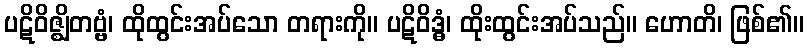
ပဋိဝိဇ္ဈိတဗ္ဗံ၊ ထိုထွင်းအပ်သော တရားကို။ ပဋိဝိဒ္ဓံ၊ ထိုးထွင်းအပ်သည်။ ဟောတိ၊ ဖြစ်၏။